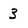
Character: 3